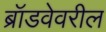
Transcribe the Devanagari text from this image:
ब्रॉडवेवरील